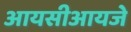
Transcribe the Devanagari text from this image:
आयसीआयजे